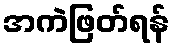
အကဲဖြတ်ရန်